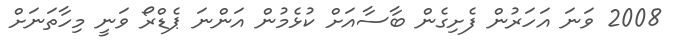
2008 ވަނަ އަހަރުން ފެށިގެން ބާސާއަށް ކުޅެމުން އަންނަ ޕެޑްރޯ ވަނީ މިހާތަނަށް